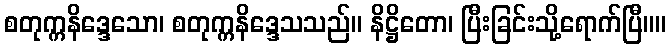
စတုက္ကနိဒ္ဒေသော၊ စတုက္ကနိဒ္ဒေသသည်။ နိဋ္ဌိတော၊ ပြီးခြင်းသို့ရောက်ပြီ။။